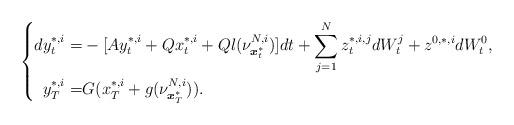
LaTeX: \begin{align*} \left\{ \begin{aligned}dy^{*,i}_t=&-[Ay^{*,i}_t+Qx^{*,i}_t+Ql(\nu^{N,i}_{\boldsymbol{x}^*_t})]dt+\sum_{j=1}^Nz_t^{*,i,j} dW^j_t+z^{0,*,i}dW^0_t,\\ y^{*,i}_T=& G(x_T^{*,i}+g(\nu^{N,i}_{\boldsymbol{x}^*_T})). \end{aligned} \right. \end{align*}